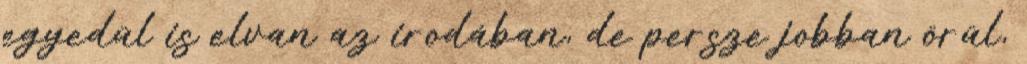
egyedül is elvan az irodában, de persze jobban örül,